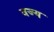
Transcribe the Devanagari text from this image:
वज्य